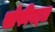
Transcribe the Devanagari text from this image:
सोफीबद्दल